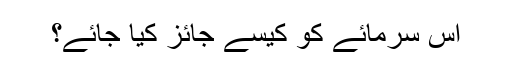
اس سرمائے کو کیسے جائز کیا جائے؟